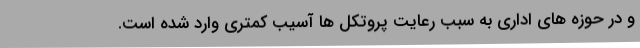
و در حوزه های اداری به سبب رعایت پروتکل ها آسیب کمتری وارد شده است.